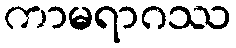
ကာမရာဂဿ